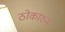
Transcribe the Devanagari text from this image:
ठोकारुन